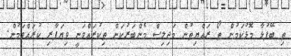
ތި ބޭފުޅާ މޮޅުކަމުން ތޯ ރައްޔިތުން މަޖިލިސް މެންބަރުކަން ތިކުރައްވަނީ ވިޔަފާރި ކުރައްވަމުން.